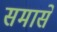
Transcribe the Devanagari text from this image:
समासे